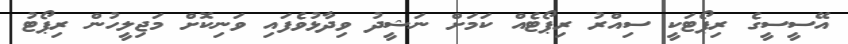
އޭސީސީގެ ރިޕޯޓަކީ ސިއްރު ރިޕޯޓެއް ކަމަށް ނަޝީދު ވިދާޅުވެފައި ވަނިކޮށް މަޖިލީހުން ރިޕޯޓު